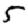
Digit: 5